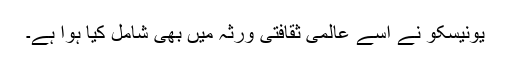
یونیسکو نے اسے عالمی ثقافتی ورثہ میں بھی شامل کیا ہوا ہے۔